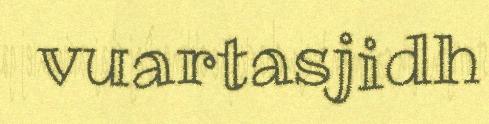
vuartasjidh